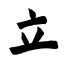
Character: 立